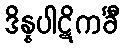
ဒိန္နပါဋိကင်္ခီ